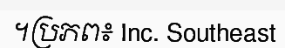
។ប្រភព៖ Inc. Southeast